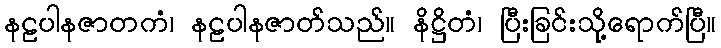
နဠပါနဇာတကံ၊ နဠပါနဇာတ်သည်။ နိဋ္ဌိတံ၊ ပြီးခြင်းသို့ရောက်ပြီ။